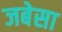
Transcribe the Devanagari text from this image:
जबेसा